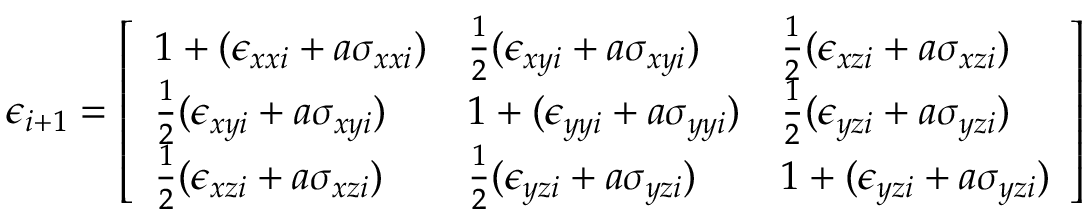
\epsilon _ { i + 1 } = \left[ \begin{array} { l l l } { 1 + ( \epsilon _ { x x i } + a \sigma _ { x x i } ) } & { \frac { 1 } { 2 } ( \epsilon _ { x y i } + a \sigma _ { x y i } ) } & { \frac { 1 } { 2 } ( \epsilon _ { x z i } + a \sigma _ { x z i } ) } \\ { \frac { 1 } { 2 } ( \epsilon _ { x y i } + a \sigma _ { x y i } ) } & { 1 + ( \epsilon _ { y y i } + a \sigma _ { y y i } ) } & { \frac { 1 } { 2 } ( \epsilon _ { y z i } + a \sigma _ { y z i } ) } \\ { \frac { 1 } { 2 } ( \epsilon _ { x z i } + a \sigma _ { x z i } ) } & { \frac { 1 } { 2 } ( \epsilon _ { y z i } + a \sigma _ { y z i } ) } & { 1 + ( \epsilon _ { y z i } + a \sigma _ { y z i } ) } \end{array} \right]